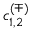
c _ { 1 , 2 } ^ { ( { \mp } ) }